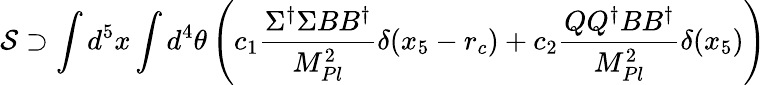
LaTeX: {\cal S}\supset\int d^{5}x\int d^{4}\theta\left(c_{1}{\frac{\Sigma^{\dagger}\Sigma BB^{\dagger}}{M_{Pl}^{2}}}\delta(x_{5}-r_{c})+c_{2}{\frac{QQ^{\dagger}BB^{\dagger}}{M_{Pl}^{2}}}\delta(x_{5})\right)